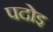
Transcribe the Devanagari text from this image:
पदोइ